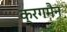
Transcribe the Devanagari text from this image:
क्रगमैन